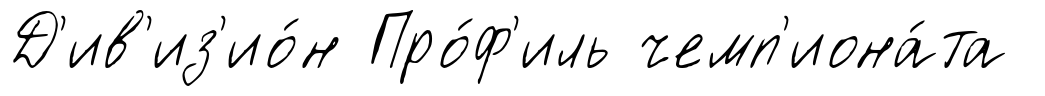
Д'ив'из'ио́н Про́ф'иль чемп'иона́та